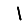
Digit: 1